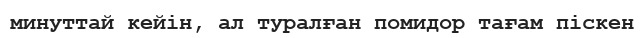
минуттай кейін, ал туралған помидор тағам піскен